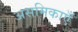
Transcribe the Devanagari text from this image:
असमिकाएँ